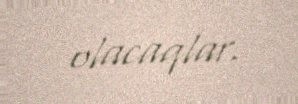
olacaqlar.